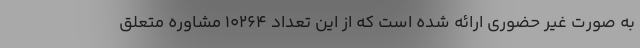
به صورت غیر حضوری ارائه شده است که از این تعداد 10264 مشاوره متعلق